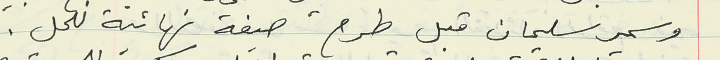
وسمير سليمان قبل طرح صيغة نهائية للحل.